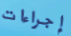
إجراءات